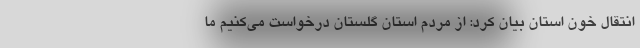
انتقال خون استان بیان کرد: از مردم استان گلستان درخواست می‌کنیم ما